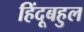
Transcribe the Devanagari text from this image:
हिंदूबहुल